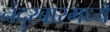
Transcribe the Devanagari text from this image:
नंदुरबारमध्ये